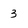
Character: 3